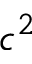
c ^ { 2 }